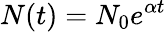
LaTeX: N(t)=N_{0}e^{\alpha t}